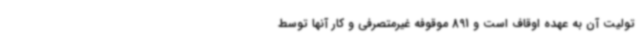
تولیت آن به عهده اوقاف است و 891 موقوفه غیرمتصرفی و کار آنها توسط